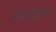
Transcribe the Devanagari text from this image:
रोजमाउन्ट